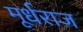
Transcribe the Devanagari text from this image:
मूर्धराज